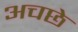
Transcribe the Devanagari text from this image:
अचछे